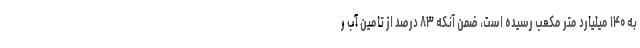
به ۱۴۰ میلیارد متر مکعب رسیده است، ضمن آنکه ۸۳ درصد از تامین آب ر